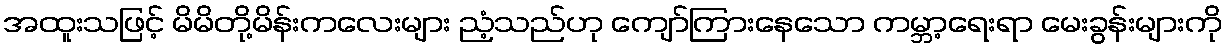
အထူးသဖြင့် မိမိတို့မိန်းကလေးများ ညံ့သည်ဟု ကျော်ကြားနေသော ကမ္ဘာ့ရေးရာ မေးခွန်းများကို